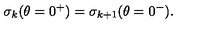
\sigma _ { k } ( \theta = 0 ^ { + } ) = \sigma _ { k + 1 } ( \theta = 0 ^ { - } ) .